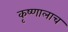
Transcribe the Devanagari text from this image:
कृष्णालाच